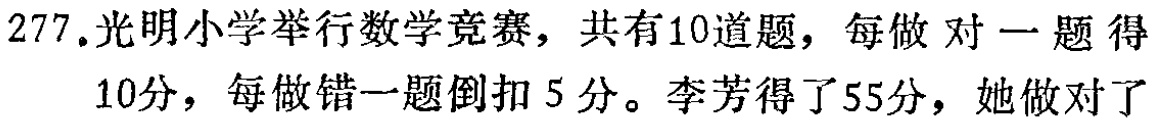
277.光明小学举行数学竞赛，共有10道题，每做对一题得10分，每做错一题倒扣5分。李芳得了55分，她做对了